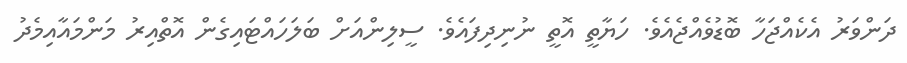
ދަންވަރު އެކެއްޖަހާ ބޮޑުވެއްޖެއެވެ. ހަޔާތީ އޮތީ ނުނިދިފައެވެ. ސީލިންއަށް ބަލަހައްޓައިގެން އޮތްއިރު މަންމައާއިމެދު